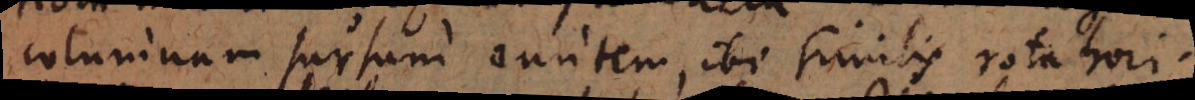
columnam sursum euntem, ibi similis rota hori-